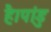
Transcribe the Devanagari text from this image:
है।पांडु